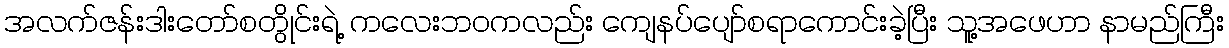
အလက်ဇန်းဒါးတော်စတွိုင်းရဲ့ ကလေးဘဝကလည်း ကျေနပ်ပျော်စရာကောင်းခဲ့ပြီး သူ့အဖေဟာ နာမည်ကြီး